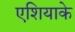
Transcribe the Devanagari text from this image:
एशियाके